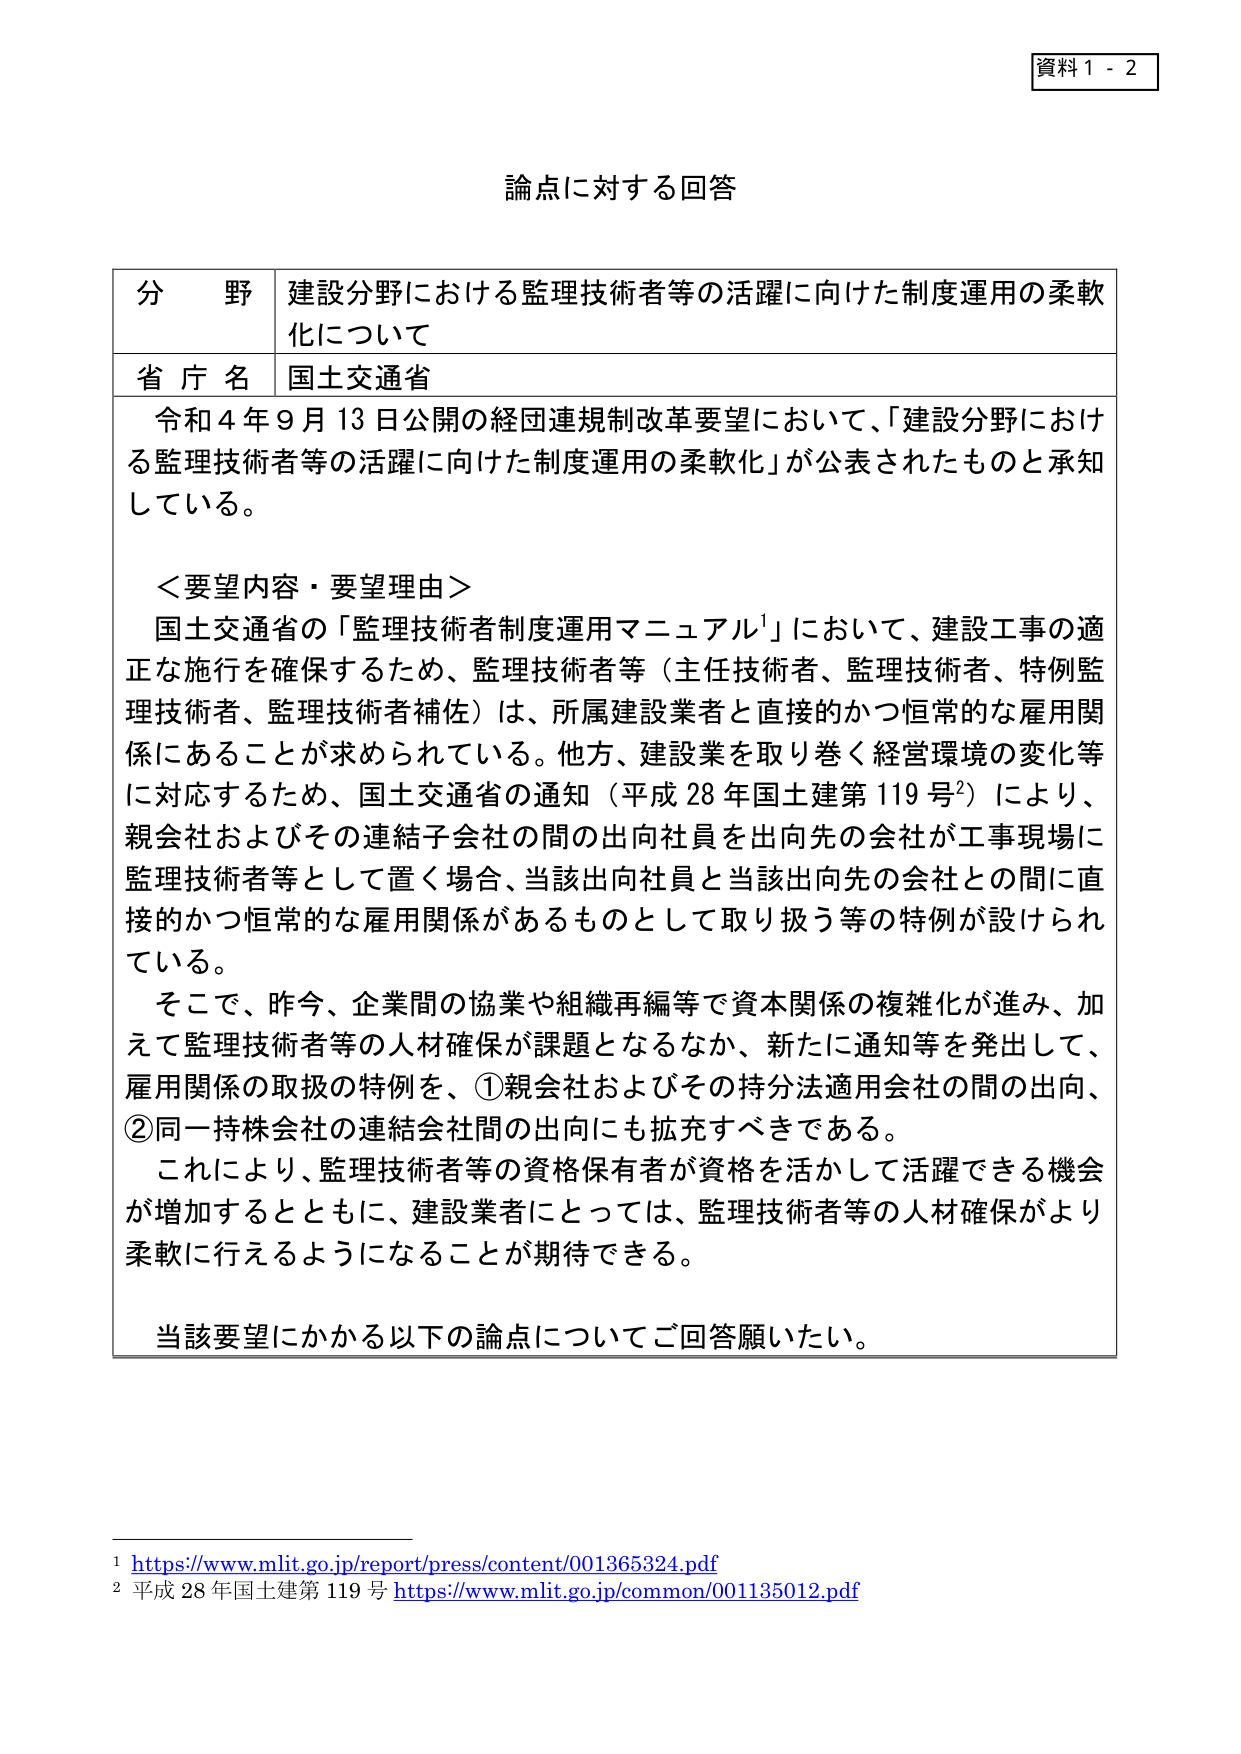
資料１－２

論点に対する回答

分野 建設分野における監理技術者等の活躍に向けた制度運用の柔軟化について
省庁名 国土交通省

令和４年９月13日公開の経団連規制改革要望において、「建設分野における監理技術者等の活躍に向けた制度運用の柔軟化」が公表されたものと承知している。

＜要望内容・要望理由＞
国土交通省の「監理技術者制度運用マニュアル」において、建設工事の適正な施行を確保するため、監理技術者等（主任技術者、監理技術者、特例監理技術者、監理技術者補佐）は、所属建設業者と直接的かつ恒常的な雇用関係にあることが求められている。他方、建設業を取り巻く経営環境の変化等に対応するため、国土交通省の通知（平成28年国土建第119号²）により、親会社およびその連結子会社の間の出向社員を出向先の会社が工事現場に監理技術者等として置く場合、当該出向社員と当該出向先の会社との間に直接的かつ恒常的な雇用関係があるものとして取り扱う等の特例が設けられている。

そこで、昨今、企業間の協業や組織再編等で資本関係の複雑化が進み、加えて監理技術者等の人材確保が課題となるなか、新たに通知等を発出して、雇用関係の取扱の特例を、①親会社およびその持分法適用会社の間の出向、②同一株式会社の連結会社間の出向にも拡充すべきである。

これにより、監理技術者等の資格保有者が資格を活かして活躍できる機会が増加するとともに、建設業者にとっては、監理技術者等の人材確保がより柔軟に行えるようになることが期待できる。

当該要望にかかる以下の論点についてご回答願いたい。

¹ https://www.mlit.go.jp/report/press/content/001365324.pdf
² 平成28年国土建第119号 https://www.mlit.go.jp/common/001135012.pdf